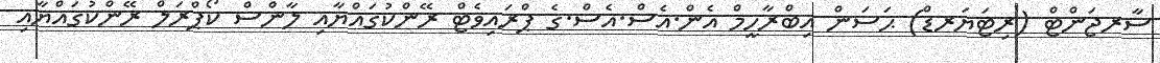
ސާރޖަންޓް (ރިޓަޔަރޑް) ޙަސަން އިބްރާހީމް އެން.އެސް.އެސް.ގެ ޕްރައިވެޓް ރޭންކުގައްޔާއި ލާންސް ކޯޕްރަލް ރޭންކުގައްޔާއި